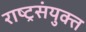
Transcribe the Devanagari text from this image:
राष्ट्रसंयुक्त